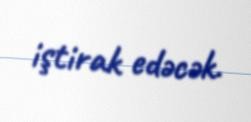
iştirak edəcək.